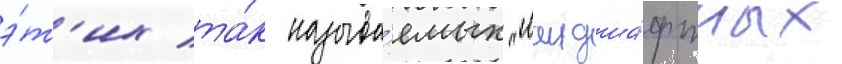
э́т'их та́к называ́емых "ландша́фтных